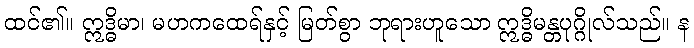
ထင်၏။ ဣဒ္ဓိမာ၊ မဟကထေရ်နှင့် မြတ်စွာ ဘုရားဟူသော ဣဒ္ဓိမန္တပုဂ္ဂိုလ်သည်။ န